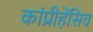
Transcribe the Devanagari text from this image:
कांप्रीहेंसिव